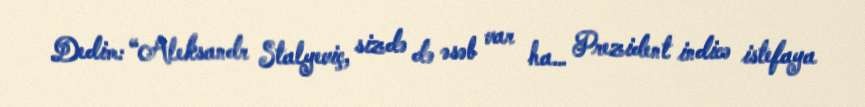
Dedim: “Aleksandr Stalyeviç, sizdə də əsəb var ha… Prezident indicə istefaya